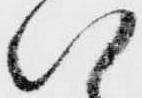
い